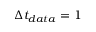
\Delta t _ { d a t a } = 1